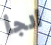
ألجأ